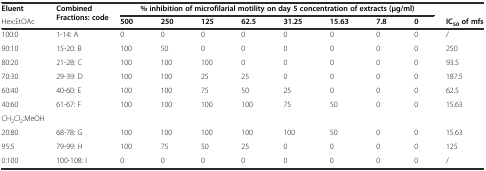
<table><thead><tr><td><b>Eluent</b></td><td rowspan="2"><b>Combined Fractions: code</b></td><td colspan="8"><b>% inhibition of microfilarial motility on day 5 concentration of extracts (μg/ml)</b></td><td></td></tr><tr><td><b>Hex:EtOAc</b></td><td><b>500</b></td><td><b>250</b></td><td><b>125</b></td><td><b>62.5</b></td><td><b>31.25</b></td><td><b>15.63</b></td><td><b>7.8</b></td><td><b>0</b></td><td><b>IC<sub>50</sub>of mfs</b></td></tr></thead><tbody><tr><td>100:0</td><td>1-14: A</td><td>0</td><td>0</td><td>0</td><td>0</td><td>0</td><td>0</td><td>0</td><td>0</td><td>/</td></tr><tr><td>90:10</td><td>15-20: B</td><td>100</td><td>50</td><td>0</td><td>0</td><td>0</td><td>0</td><td>0</td><td>0</td><td>250</td></tr><tr><td>80:20</td><td>21-28: C</td><td>100</td><td>100</td><td>100</td><td>0</td><td>0</td><td>0</td><td>0</td><td>0</td><td>93.5</td></tr><tr><td>70:30</td><td>29-39: D</td><td>100</td><td>100</td><td>25</td><td>25</td><td>0</td><td>0</td><td>0</td><td>0</td><td>187.5</td></tr><tr><td>60:40</td><td>40-60: E</td><td>100</td><td>100</td><td>75</td><td>50</td><td>25</td><td>0</td><td>0</td><td>0</td><td>62.5</td></tr><tr><td>40:60</td><td>61-67: F</td><td>100</td><td>100</td><td>100</td><td>100</td><td>75</td><td>50</td><td>0</td><td>0</td><td>15.63</td></tr><tr><td>CH<sub>2</sub>Cl<sub>2</sub>:MeOH</td><td></td><td></td><td></td><td></td><td></td><td></td><td></td><td></td><td></td><td></td></tr><tr><td>20:80</td><td>68-78: G</td><td>100</td><td>100</td><td>100</td><td>100</td><td>100</td><td>50</td><td>0</td><td>0</td><td>15.63</td></tr><tr><td>95:5</td><td>79-99: H</td><td>100</td><td>75</td><td>50</td><td>25</td><td>0</td><td>0</td><td>0</td><td>0</td><td>125</td></tr><tr><td>0:100</td><td>100-108: I</td><td>0</td><td>0</td><td>0</td><td>0</td><td>0</td><td>0</td><td>0</td><td>0</td><td>/</td></tr></tbody></table>